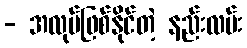
- အလုပ်ဖြစ်နိုင်တဲ့ နည်းလမ်း